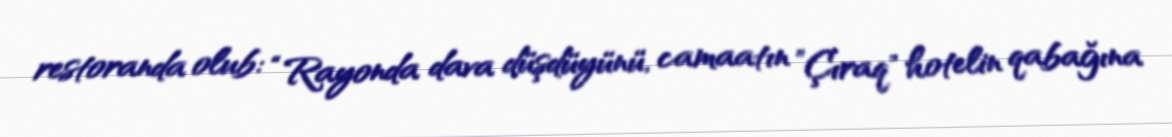
restoranda olub: “Rayonda dava düşdüyünü, camaatın ”Çıraq" hotelin qabağına